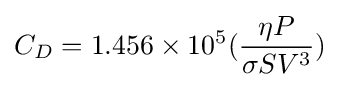
C_{D}=1.456\times 10^{5}({\frac {\eta P}{\sigma SV^{3}}})